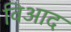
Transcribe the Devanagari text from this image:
विआद